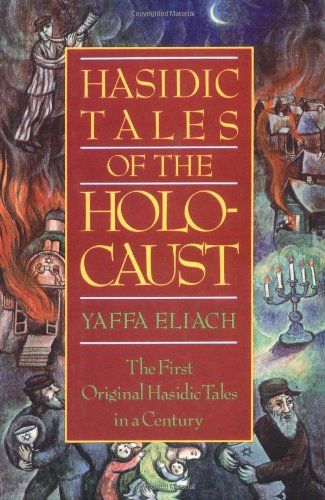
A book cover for Hasidic Tales of the Holocaust; Yaffa Eliach; Religion & Spirituality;